Lunatic asylums in Bengal annual reports 1899-1911 - 1899-1911
Year: 1899
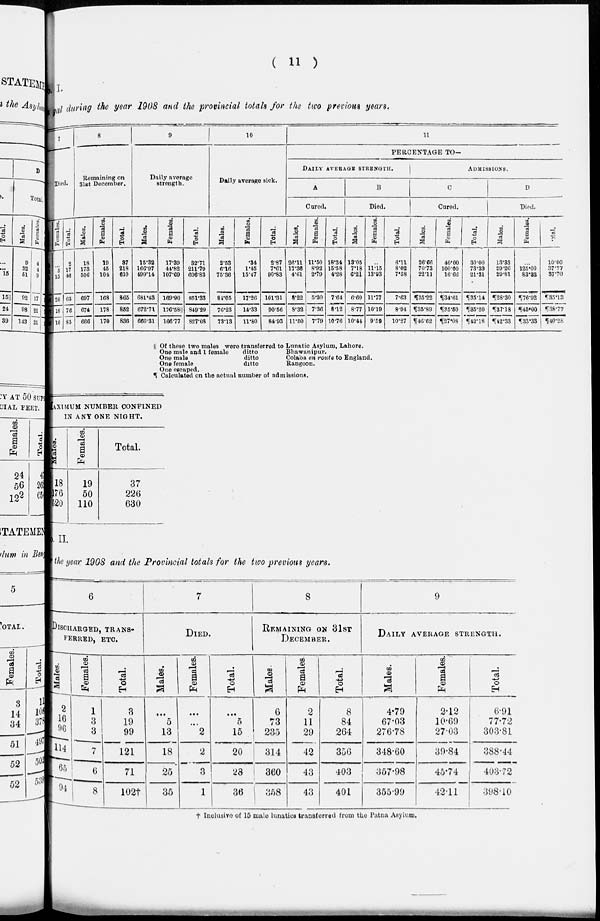
( 11 )
o.I.
gal during the year 1908 and the provincial totals for the two previous years.
7
Died.
Males.
2
12
31
45
58
17
Females.
...
5
15
20
18
16
Total.
2
17
46
65
76
33
8
Remaining on
31st December.
Males.
18
173
506
697
674
666
Females.
19
45
104
168
178
170
Total.
37
218
610
865
852
836
9
Daily average
strength.
Males.
15.32
160.97
499.11
681.43
672.71
660.31
Females.
17.39
44.82
107.69
169.90
176.58||
166.77
Total.
32.71
211.79
606.83
851.33
349.29
827.08
10
Daily average sick.
Males.
2.53
6.16
75.36
84.05
76.23
73.13
Females.
.34
1.45
15.47
17.26
14.33
11.80
Total.
2.87
7.61
90.83
101.31
90.56
84.93
11
PERCENTAGE TO—
DAILY AVERAGE STRENGTH.
A
Cured.
Males.
26.11
17.36
4.61
8.22
8.32
11.50
Females.
11.50
8.92
2.79
5.30
7.36
7.79
Total.
18.34
15.58
4.28
7.64
8.12
10.76
B
Died.
Males.
13.05
7.18
6.21
6.60
8.77
10.44
Females.
...
11.15
13.93
11.77
10.19
9.59
Total.
6.11
8.02
7.58
7.63
8.94
10.27
ADMISSIONS.
C
Cured.
Males.
26.66
70.73
22.11
¶35.22
¶35.89
¶46.62
Females.
40.00
100.00
16.66
¶34.61
¶35.50
¶ 27.08
Total.
30.00
73.33
21.31
¶35.14
¶35.20
¶42.18
D
Died.
Males.
13.33
29.26
29.81
¶28.30
¶37.18
¶42.33
Females.
...
125.00
83.33
¶76.92
¶45.00
¶33.33
Total.
10.00
37.77
37.70
¶35.13
¶38.77
¶40.28
|| Of these two males were transferred to Lunatic Asylum, Lahore.
One male and 1 female
One male
One female
One escaped.
ditto
ditto
ditto
Bhawanipur.
Colaba en route to England.
Rangoon.
¶ Calculated on the actual number of admissions.
MAXIMUM NUMBER CONFINED
IN ANY ONE NIGHT.
Males.
18
76
520
Females.
19
50
110
Total.
37
226
630
o. II.
the year 1908 and the Provincial totals for the two previous years.
6
DISCHARGED, TRANS-
------, ETC.
Males.
2
16
96
114
65
94
Females.
1
3
3
7
6
8
Total.
3
19
99
121
71
102†
7
DIED.
Males.
...
5
13
18
25.
35
Females.
...
...
2
2
3
1
Total.
...
5
15
20
28
36
8
REMAINING ON 31ST
DECEMBER.
Males.
6
73
235
314
360
358
Females.
2
11
29
42
43
43
Total.
8
84
264
356
403
401
9
DAILY AVERAGE STRENGTH.
Males.
4.79
67.03
276.78
348.60
357.98
355.99
Females.
2.12
10.69
27.03
39.84
45.74
42.11
Total.
6.91
77.72
303.81
388.44
403.72
398.10
† Inclusive of 15 male lunatics transferred from the Patna Asylum.